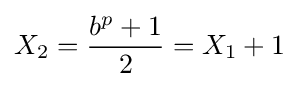
X_{2}={\frac {b^{p}+1}{2}}=X_{1}+1